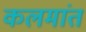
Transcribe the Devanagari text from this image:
कलमांत